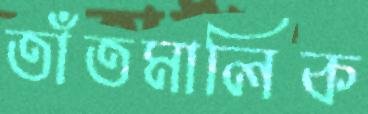
তাঁতমালিক